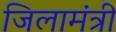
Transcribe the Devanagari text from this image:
जिलामंत्री